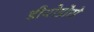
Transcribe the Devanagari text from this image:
डीयोडोरो